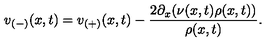
v _ { ( - ) } ( x , t ) = v _ { ( + ) } ( x , t ) - \frac { 2 \partial _ { x } ( \nu ( x , t ) \rho ( x , t ) ) } { \rho ( x , t ) } .